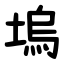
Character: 塢